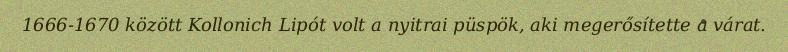
1666-1670 között Kollonich Lipót volt a nyitrai püspök, aki megerősítette a várat.